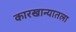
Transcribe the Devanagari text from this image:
कारखान्यातला